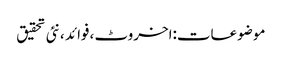
موضوعات:اخروٹ ،فوائد ،نئی تحقیق